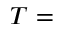
T =